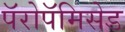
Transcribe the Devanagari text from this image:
पॅरोपॅमिसेड